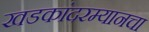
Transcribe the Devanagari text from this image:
खडकांदरम्यानचा